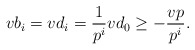
\begin{align*} vb_i=vd_i=\frac{1}{p^i}vd_0\geq -\frac{vp}{p^i}.\end{align*}